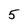
Character: 5